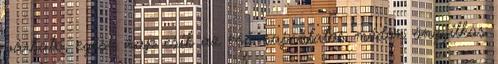
várható, egész nap esik az eső. sajnálatos módon öngyilkos